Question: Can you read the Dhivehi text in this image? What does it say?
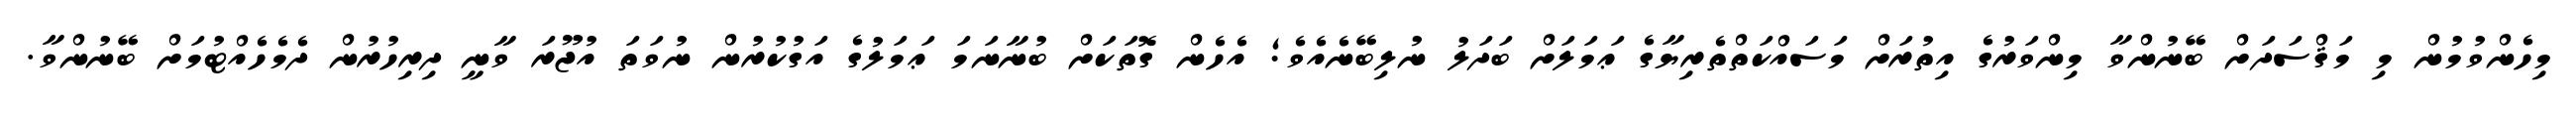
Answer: މިހެންވުމުން މި މަޤްސަދަށް ބޭނުންވާ މިންވަރުގެ އިތުރަށް މަސައްކަތްތެރިޔާގެ ޢަމަލަށް ބަދަލު ނުލިބޭނެއެވެ; އެހެން ގޮތަކަށް ބުނާނަމަ ޢަމަލުގެ އަގުކުރުން ނުވަތަ އުޖޫރަ ވާނީ ދިރިހުރުން ދެމެހެއްޓުމަށް ބޭނުންވާ.